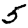
Digit: 5